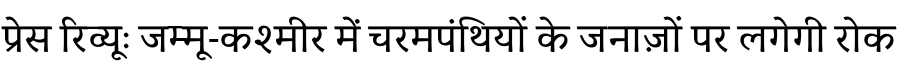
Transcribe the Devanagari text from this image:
प्रेस रिव्यूः जम्मू-कश्मीर में चरमपंथियों के जनाज़ों पर लगेगी रोक